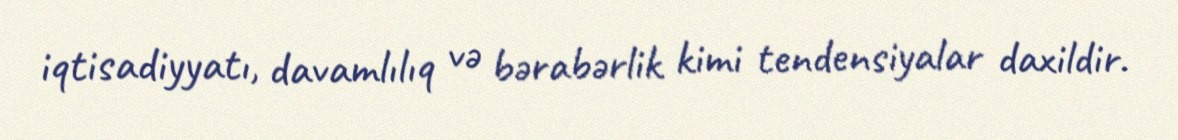
iqtisadiyyatı, davamlılıq və bərabərlik kimi tendensiyalar daxildir.